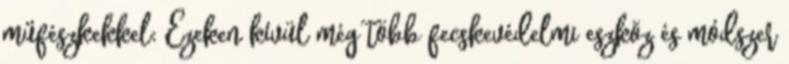
műfészkekkel; Ezeken kívül még több fecskevédelmi eszköz és módszer